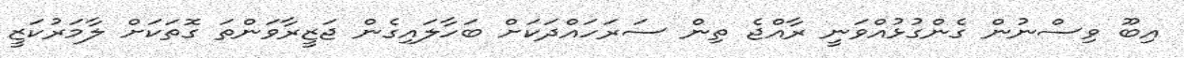
އިބޫ ވިސްނުން ގެންގުޅުއްވަނީ ރާއްޖެ ތިން ސަރަހައްދަކަށް ބަހާލައިގެން ޖަޒީރާވަންތަ ގޮތަކަށް ލާމަރުކަޒީ